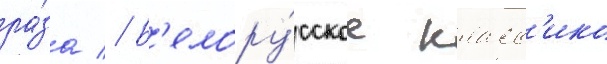
ра́за // Б'елору́сское класс'ико